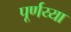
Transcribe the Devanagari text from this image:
पूर्णय्या